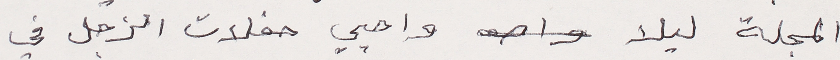
المجلة ليلا واحيي حفلات الزجل في